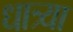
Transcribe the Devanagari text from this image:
धात्र्या